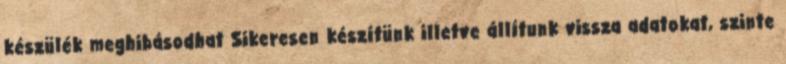
készülék meghibásodhat Sikeresen készítünk illetve állítunk vissza adatokat, szinte